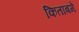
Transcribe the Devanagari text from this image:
किताबमें